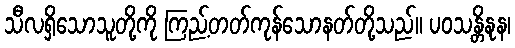
သီလရှိသောသူတို့ကို ကြည့်တတ်ကုန်သောနတ်တို့သည်။ ပဝသန္တိနုန၊